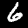
Label: 6